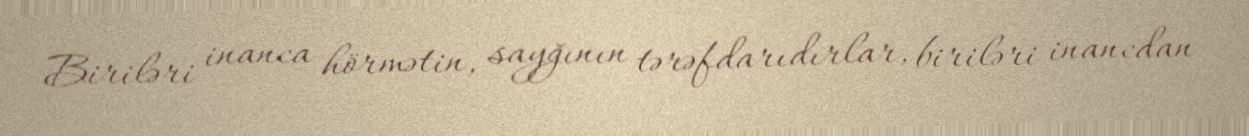
Biriləri inanca hörmətin, sayğının tərəfdarıdırlar, biriləri inancdan